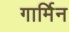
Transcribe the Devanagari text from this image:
गार्मिन